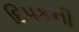
દિપકની